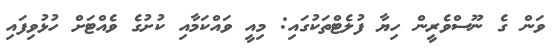
ވަން ގެ ނޫސްވެރީން ހިޔާ ފުލެޓްތަކުގައި: މިއީ ވައްކަމާއި ކުށުގެ ވެއްޓަށް ހުޅުވިފައި